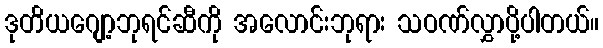
ဒုတိယဂျော့ဘုရင်ဆီကို အလောင်းဘုရား သဝဏ်လွှာပို့ပါတယ်။